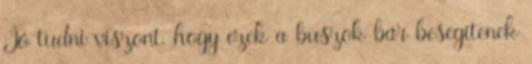
Jó tudni viszont, hogy ezek a buszok bár besegítenek